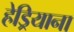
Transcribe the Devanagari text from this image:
हेड्रियाना